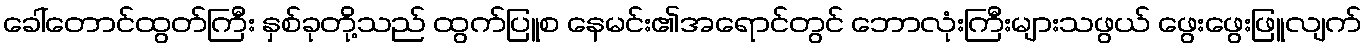
ခေါ်တောင်ထွတ်ကြီး နှစ်ခုတို့သည် ထွက်ပြူစ နေမင်း၏အရောင်တွင် ဘောလုံးကြီးများသဖွယ် ဖွေးဖွေးဖြူလျက်